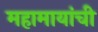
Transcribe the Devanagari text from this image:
महामायांची